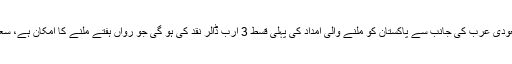
پاکستان میں سعودی عرب کے سفیر نواف سعید المالکی نے کہا ہے کہ سعودی عرب کی جانب سے پاکستان کو ملنے والی امداد کی پہلی قسط 3 ارب ڈالر نقد کی ہو گی جو رواں ہفتے ملنے کا امکان ہے، سعودی عرب پاکستان کو 3 ارب ڈالر زادائیگیوں کے توازن کے لیے دے گا۔